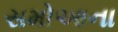
સમોઆના